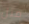
مثل